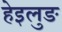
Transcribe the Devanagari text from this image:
हेइलुङ